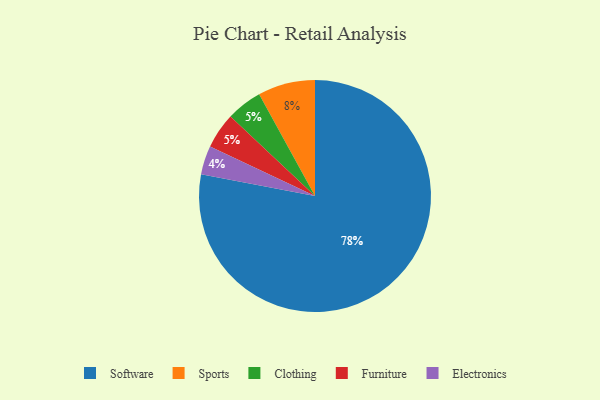
{"axis": {"x": "Category", "y": "Percentage"}, "legend": ["Clothing", "Electronics", "Furniture", "Software", "Sports"], "data": [{"x": "Electronics", "y": 4, "type": "Electronics"}, {"x": "Sports", "y": 8, "type": "Sports"}, {"x": "Software", "y": 78, "type": "Software"}, {"x": "Clothing", "y": 5, "type": "Clothing"}, {"x": "Furniture", "y": 5, "type": "Furniture"}]}